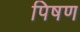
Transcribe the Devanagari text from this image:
पिषण